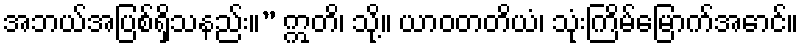
အဘယ်အပြစ်ရှိသနည်း။” ဣတိ၊ သို့။ ယာဝတတိယံ၊ သုံးကြိမ်မြောက်အောင်။